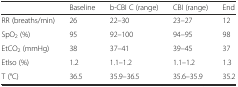
|  | Baseline | b-CBI C (range) | CBI (range) | End |
 | --- | --- | --- | --- | --- |
 | RR (breaths/min) | 26 | 22–30 | 23–27 | 12 |
 | SpO2 (%) | 95 | 92–100 | 94–95 | 98 |
 | EtCO2 (mmHg) | 38 | 37–41 | 39–45 | 37 |
 | EtIso (%) | 1.2 | 1.1–1.2 | 1.1–1.2 | 1.3 |
 | T (°C) | 36.5 | 35.9–36.5 | 35.6–35.9 | 35.2 |